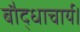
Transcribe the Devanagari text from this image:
बौद्धाचार्य।